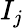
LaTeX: I_{j}